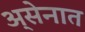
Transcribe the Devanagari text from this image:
अ्सेनात